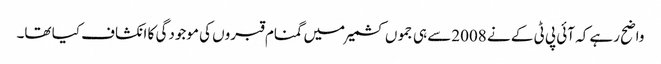
واضح رہے کہ آئی پی ٹی کے نے 2008سے ہی جموں کشمیر میں گمنام قبروں کی موجودگی کا انکشاف کیا تھا۔